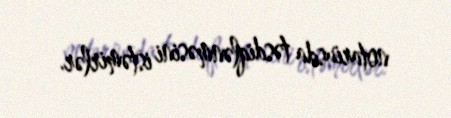
notariusda təsdiqlənməsini istəmirlər.